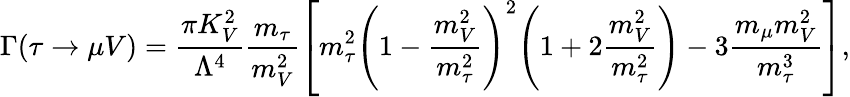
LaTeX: \Gamma(\tau\rightarrow\mu V)=\frac{\pi K_{V}^{2}}{\Lambda^{4}}\frac{m_{\tau}}{m_{V}^{2}}\left[m_{\tau}^{2}{\left(1-\frac{m_{V}^{2}}{m_{\tau}^{2}}\right)}^{2}{\left(1+2\frac{m_{V}^{2}}{m_{\tau}^{2}}\right)}-3\frac{m_{\mu}m_{V}^{2}}{m_{\tau}^{3}}\right],